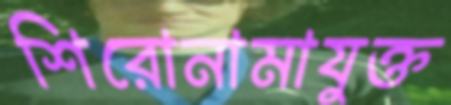
শিরোনামাযুক্ত